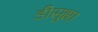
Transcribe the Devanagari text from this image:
डीसुझा